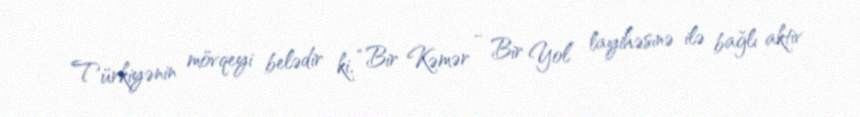
Türkiyənin mövqeyi belədir ki, “Bir Kəmər - Bir Yol” layihəsinə ilə bağlı aktiv